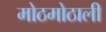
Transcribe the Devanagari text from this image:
मोठमोठाली